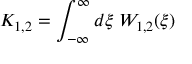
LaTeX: K _ { 1 , 2 } = \int _ { - \infty } ^ { \infty } d \xi \; W _ { 1 , 2 } ( \xi ) \nonumber